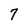
Character: 7